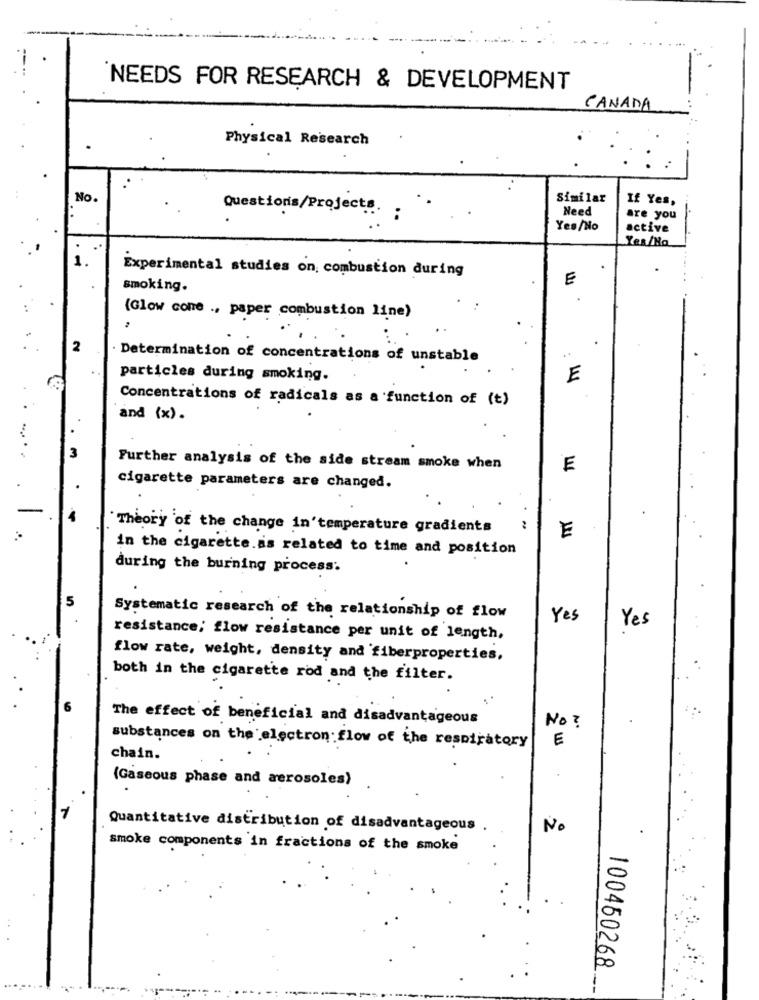
NEEDS FOR RESEARCH & DEVELOPMENT
CANADA
Physical Research
No.
Similar
If Yes,
Questionis/Projects.
Need
are you
Yes/No
active
Yes/No
Experimental studies on combustion during
E
smoking.
(Glow cone ., paper combustion line)
2
Determination of concentrations of unstable
particles during smoking.
E
Concentrations of radicals as a function of (t)
and (x).
Further analysis of the side stream smoke when
E
cigarette parameters are changed.
Theory of the change in'temperature gradients
E
in the cigarette.as related to time and position
during the burning process.
Systematic research of the relationship of flow
Yes
Yes
resistance; flow resistance per unit of length,
flow rate, weight, density and fiberproperties,
both in the cigarette rod and the filter.
The effect of beneficial and disadvantageous
No ?
E
substances on the electron flow of the respiratory
chain.
(Gaseous phase and aerosoles)
Quantitative distribution of disadvantageous .
No
smoke components in fractions of the smoke
100450268